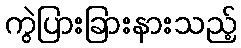
ကွဲပြားခြားနားသည့်